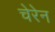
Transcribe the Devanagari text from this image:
चेरेन